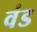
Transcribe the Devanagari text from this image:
वंड